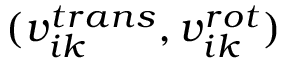
( v _ { i k } ^ { t r a n s } , v _ { i k } ^ { r o t } )